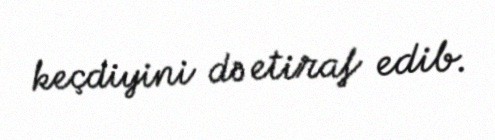
keçdiyini də etiraf edib.